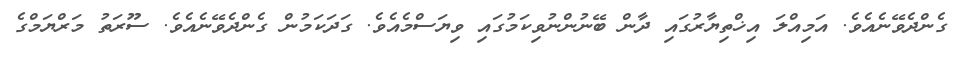
ގެންދެވޭނެއެވެ. އަމިއްލަ އިޚްތިޔާރުގައި ދާން ބޭނުންނުވިކަމުގައި ވިޔަސްމެއެވެ. ގަދަކަމުން ގެންދެވޭނެއެވެ. ސޫރަތު މަރްޔަމްގެ